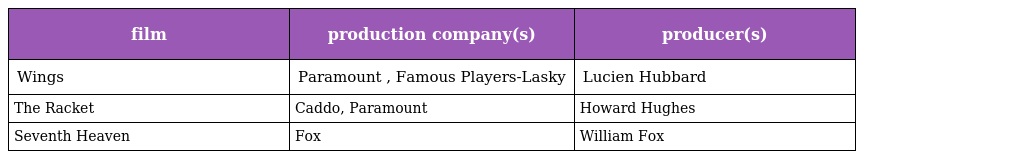
| film | production company(s) | producer(s) |
 | --- | --- | --- |
 | Wings | Paramount , Famous Players-Lasky | Lucien Hubbard |
 | The Racket | Caddo, Paramount | Howard Hughes |
 | Seventh Heaven | Fox | William Fox |